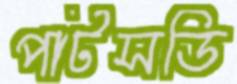
পার্টসডি